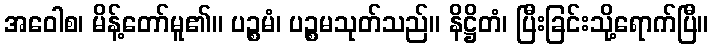
အဝေါစ၊ မိန့်တော်မူ၏။ ပဉ္စမံ၊ ပဉ္စမသုတ်သည်။ နိဋ္ဌိတံ၊ ပြီးခြင်းသို့ရောက်ပြီ။